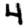
Digit: 4